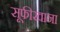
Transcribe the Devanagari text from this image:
सूफीखाना